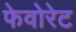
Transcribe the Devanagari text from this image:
फेवोरेट